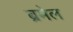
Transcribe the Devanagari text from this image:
ब्रमेल